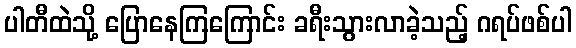
ပါတီထဲသို့ ပြောနေကြကြောင်း ခရီးသွားလာခဲ့သည့် ဂရပ်ဖစ်ပါ